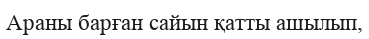
Араны барған сайын қатты ашылып,